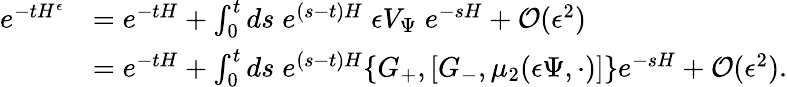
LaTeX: \begin{array}{rl}{e^{-tH^{\epsilon}}}&{=e^{-tH}+\int_{0}^{t}ds\; e^{(s-t)H}\; {\epsilon}V_{\Psi}\; e^{-sH}+\mathcal{O}({\epsilon}^{2})}\\ &{=e^{-tH}+\int_{0}^{t}ds\; e^{(s-t)H}\{ G_{+},[G_{-},\mu_{2}({\epsilon}\Psi,\cdot)]\} e^{-sH}+\mathcal{O}({\epsilon}^{2}).}\end{array}